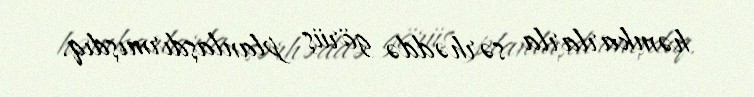
həmkarlarla sərhəddə görüş planlaşdırmışdıq.